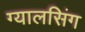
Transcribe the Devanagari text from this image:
ग्‍यालसिंग